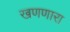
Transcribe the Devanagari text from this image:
खणणारा